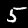
Digit: 5